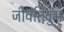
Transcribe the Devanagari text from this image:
जीवतिवुम्